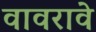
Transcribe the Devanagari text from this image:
वावरावे